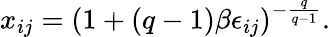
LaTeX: x_{ij}=(1+(q-1)\beta\epsilon_{ij})^{-\frac{q}{q-1}}.